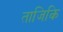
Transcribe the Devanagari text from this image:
ताजिकि